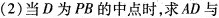
(2)当D为PB的中点时，求AD与